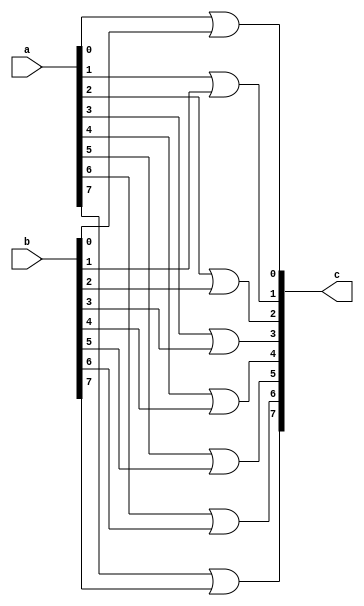
module or_mod_v2(a,b,c  );
parameter size=8;

input [size-1:0] a;
input [size-1:0] b;

output[size-1:0] c;

genvar i;

generate
	for(i=0; i<size; i=i+1) begin:orblock
		or or1(c[i],a[i],b[i]);
	end
endgenerate


endmodule